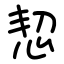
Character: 恝